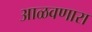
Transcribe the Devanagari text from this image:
आळवणारा